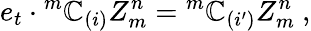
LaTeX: e_{t}\cdot{^m\mathbb{C}_{(i)}}Z_{m}^{n}={^m\mathbb{C}_{(i^{\prime})}}Z_{m}^{n}~,